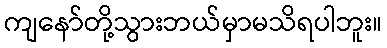
ကျနော်တို့သွားဘယ်မှာမသိရပါဘူး။